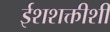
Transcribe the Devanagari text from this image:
ईशशक्तीशी